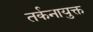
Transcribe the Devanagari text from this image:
तर्कनायुक्त